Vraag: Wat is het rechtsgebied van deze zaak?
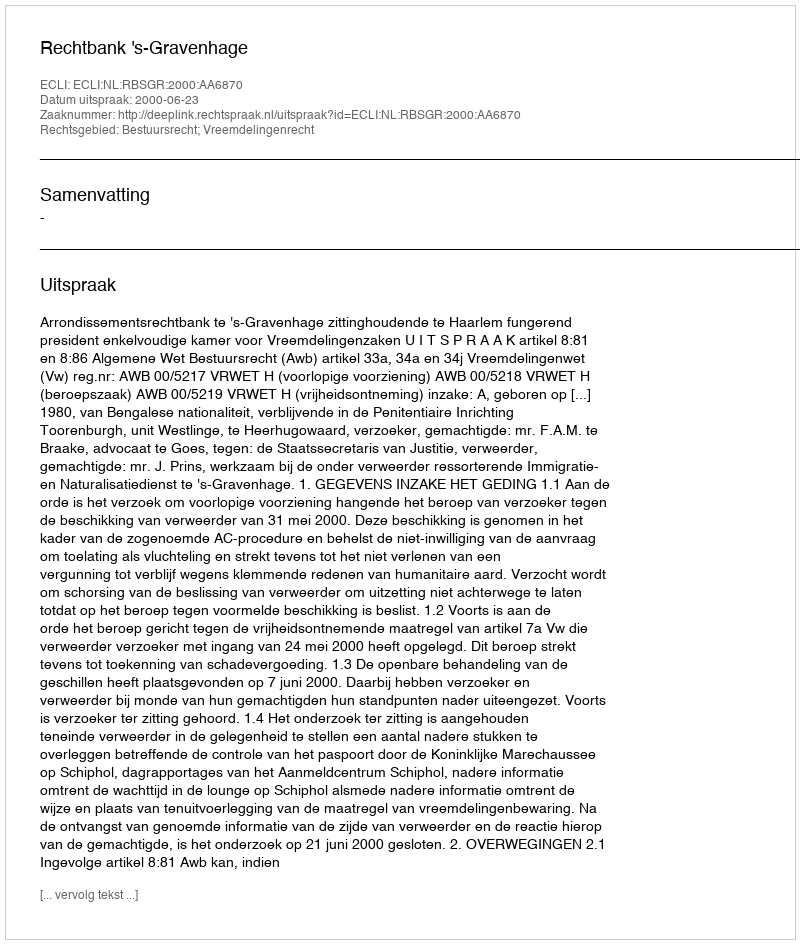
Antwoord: Bestuursrecht; Vreemdelingenrecht